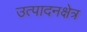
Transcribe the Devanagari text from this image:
उत्पादनक्षेत्र